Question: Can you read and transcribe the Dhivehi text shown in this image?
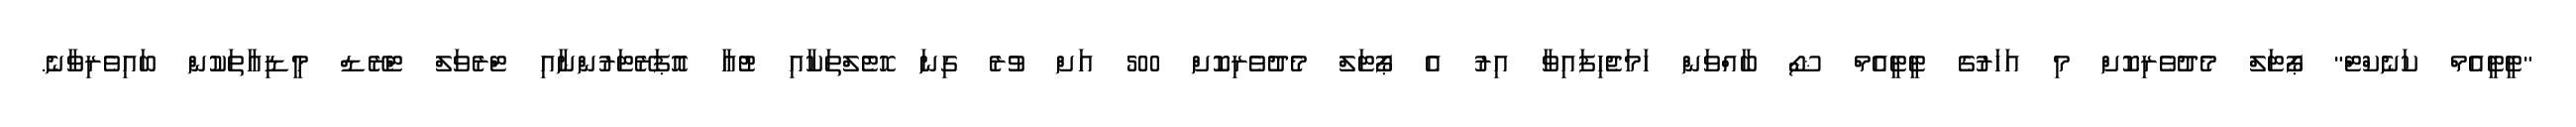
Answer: "ޓީޓީއެމް ކަނެކްޓް" ޕޯޓަލް މެދުވެރިކޮށް މި އަހަރުގެ ޓީޓީއެމް ޝޯ ބާއްވަން ހަމަޖެހިފައިވާ އިރު އެ ޕޯޓަލް މެދުވެރިކޮށް 500 އަށް ވުރެ ގިނަ ހޮޓެލްތަކާއި ޓުއާ އޮޕަރޭޓަރުންނާއި ޓްރެވަލް ޓްރޭޑް މީޑިއާތަކުން ބައިވެރިވާނެ.